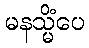
မနသ္မိံပေ